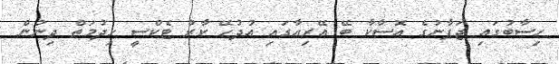
ހިސާބުގައި ޖަޕާނުގެ އޮސާކާ ބޭ އޭރިއާގައި އުދުހޭ ކާރު ޓެކްސީ ހިދުމަތް ދިނުން